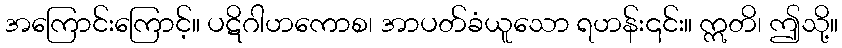
အကြောင်းကြောင့်။ ပဋိဂါဟကောစ၊ အာပတ်ခံယူသော ရဟန်း၎င်း။ ဣတိ၊ ဤသို့။